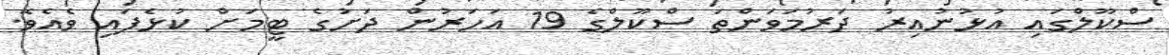
ސްކޫލްގައި އުޅުނުއިރު ދަރުމަވަންތަ ސްކޫލްގެ 19 އަހަރުން ދަށުގެ ޓީމަށް ކުޅެފައި ވެއެވެ.